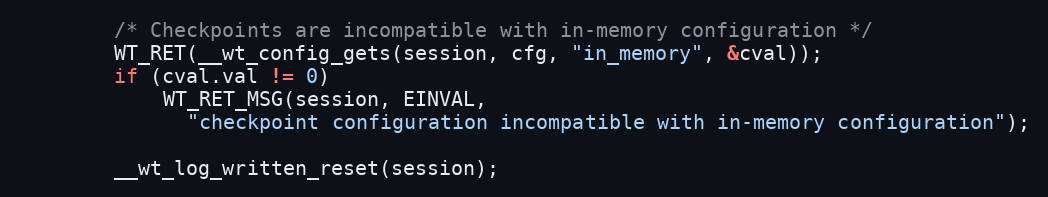
Language: C
        /* Checkpoints are incompatible with in-memory configuration */
        WT_RET(__wt_config_gets(session, cfg, "in_memory", &cval));
        if (cval.val != 0)
            WT_RET_MSG(session, EINVAL,
              "checkpoint configuration incompatible with in-memory configuration");

        __wt_log_written_reset(session);